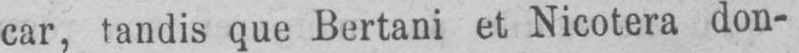
car, tandis que Bertani et Nicotera don-